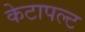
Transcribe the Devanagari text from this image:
केटापल्ट